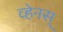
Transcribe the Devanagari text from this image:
व्हेनस्